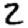
Digit: 2